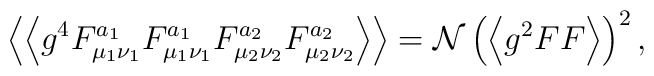
\left\langle \left\langle g^{4}F_{\mu _{1}\nu _{1}}^{a_{1}}F_{\mu _{1}\nu _{1}}^{a_{1}}F_{\mu _{2}\nu _{2}}^{a_{2}}F_{\mu _{2}\nu _{2}}^{a_{2}}\right\rangle \right\rangle =\mathcal{N}\left( \left\langle g^{2}FF\right\rangle \right) ^{2},